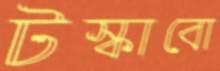
টস্‌কাবো